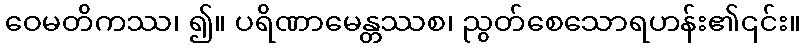
ဝေမတိကဿ၊ ၍။ ပရိဏာမေန္တဿစ၊ ညွတ်စေသောရဟန်း၏၎င်း။